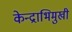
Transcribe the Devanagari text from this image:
केन्द्राभिमुखी